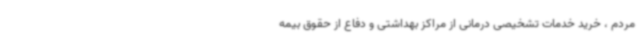
مردم ، خرید خدمات تشخیصی درمانی از مراکز بهداشتی و دفاع از حقوق بیمه